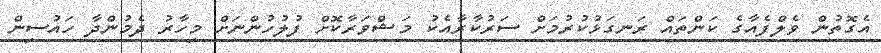
އެގޮތުން ވެލްފެއާގެ ކަންތައް ރަނގަޅުކުރުމަށް ސަރުކާރާއެކު މަޝްވަރާކޮށް ފުލުހުންނަށް މިހާރު ދެމުންދާ ހައުސިން